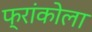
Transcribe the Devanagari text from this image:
फ्रांकोला